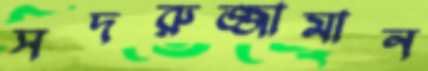
সদরুজ্জামান